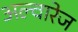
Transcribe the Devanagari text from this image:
अल्वारेज